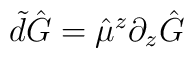
\tilde d \hat G = \hat{\mu}^z\partial_z\hat G